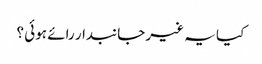
کیا یہ غیر جانبدار رائے ہوئی ؟